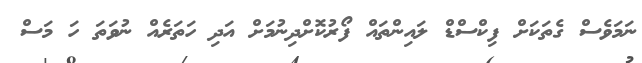
ނަމަވެސް ގެތަކަށް ފިކްސްޑް ލައިންތައް ފޯރުކޮށްދިނުމަށް އަދި ހަތަރެއް ނުވަތަ ހަ މަސް